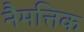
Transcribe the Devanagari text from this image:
नैमत्तिक